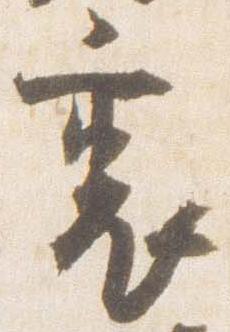
裏